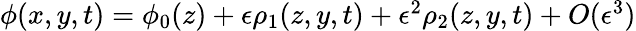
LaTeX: \begin{array}{r}{\phi(x,y,t)=\phi_{0}(z)+\epsilon\rho_{1}(z,y,t)+\epsilon^{2}\rho_{2}(z,y,t)+O(\epsilon^{3})}\end{array}